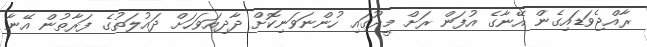
ރާއްޖެވަޑައިގެން އޭނާގެ އުފަން ރަށް މީދޫގައި ހުންނަވަނިކޮށް ދާދިއަވަހަށް ދައުލަތުގެ ފަރާތުން އޭނާ